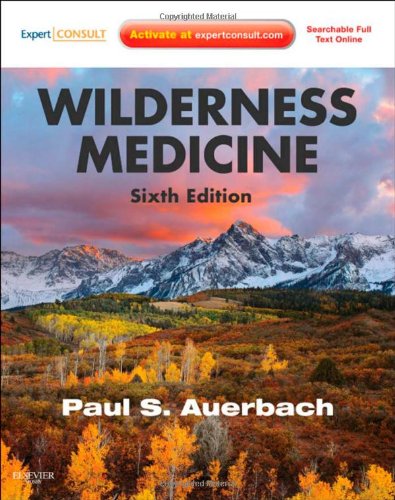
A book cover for Wilderness Medicine: Expert Consult Premium Edition - Enhanced Online Features and Print, 6e (Auerbach, Wilderness Medicine); Paul S. Auerbach MD  MS  FACEP  FAWM; Medical Books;